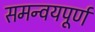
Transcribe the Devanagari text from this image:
समन्वयपूर्ण